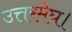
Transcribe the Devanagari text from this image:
उत्तरमेघ।